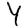
Digit: 4